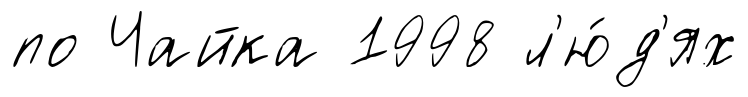
по Чайка 1998 л'ю́д'ях